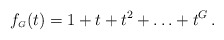
\begin{align*} f_{\scriptscriptstyle G}(t) = 1+t+t^2+\ldots + t^G \,.\end{align*}